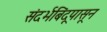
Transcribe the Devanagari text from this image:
संदर्भबिंदूपासून